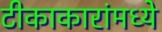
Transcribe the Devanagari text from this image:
टीकाकारांमध्ये